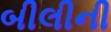
બીલીની